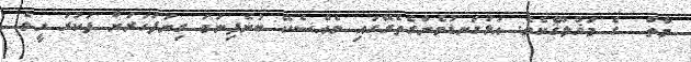
މާތް  ގެ މަޚުލޫޤެކެވެ. އަޅުގަނޑުމެންގެތެރޭގައި މެއްސެކޭ ބުނެފިނަމަ ގިނަފަހަރަށް ފަކުރު ހީވެ